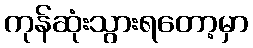
ကုန်ဆုံးသွားရတော့မှာ